Vaccination in Burma 1912-1922 - 1912-1922
Year: 1912
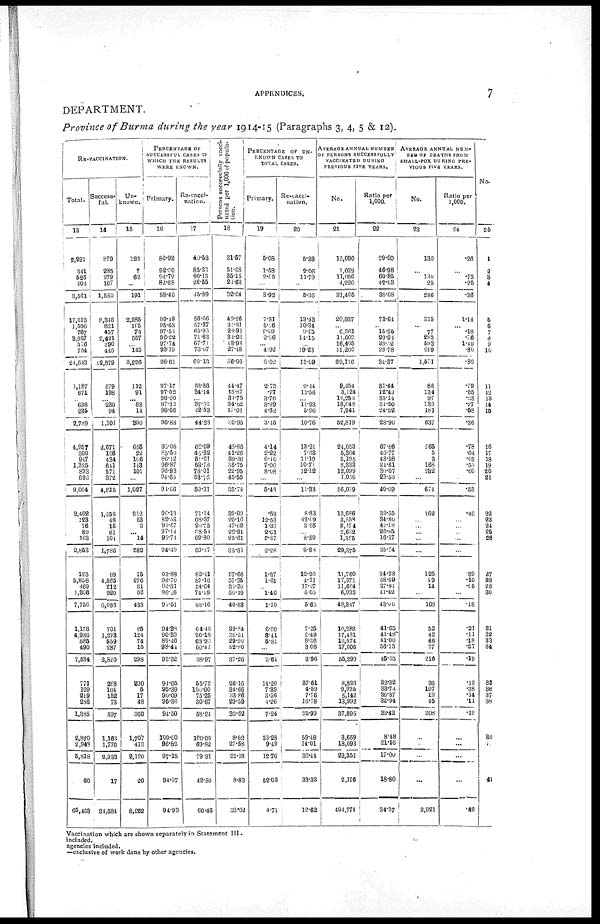
APPENDICES.
7
DEPARTMENT.
Province of Burma during the year 1914-15 (Paragraphs 3, 4, 5 & 12).
RE-VACCINATION.
Total.
13
2,291
341
526
403
3,581
17,013
1,596
767
8,937
576
754
21,643
1,187
671
...
696
235
2,739
4,957
300
947
1,335
833
692
9,064
2,402
123
76
89
168
2,853
123
5,858
469
1,866
7,756
1,173
4,986
885
490
7,534
771
109
219
286
1,385
2,870
2,948
5,818
60
65,463
Success-
ful.
14
879
285
279
107
1,550
8,345
821
457
2,421
390
445
12,879
579
198
...
230
94
1,101
2,671
126
434
641
571
372
4,815
1,558
48
15
61
101
1,786
89
4,866
212
920
6,086
701
1,278
559
287
2,820
268
104
152
73
597
1,163
1,770
2,933
17
31,584
Un-
known.
15
122
7
62
...
191
2,285
105
74
557
...
145
3,226
112
91
...
83
14
300
656
22
106
148
101
...
1,027
212
53
3
... 14
282
15
276
81
66
438
85
124
74
15
298
290
6
17
48
360
1,707
413
2,120
20
8,262
PERCENTAGE OF
SUCCESSFUL CASES IN-
WHICH THE RESULTS
WERE KNOWN.
Primary.
16
86.98
92.60
94.72
82.68
88.46
99.48
95.68
97.54
96.22
97.74
93.19
96.61
97.17
97.52
96.00
97.32
96.66
96.88
95.06
85.50
86.I2
96.87
96.93
94.65
91.66
96.13
82.53
91.67
97.14
95.71
94.49
93.88
98.70
92.31
96.26
93.51
94.38
90.33
89.46
98.44
93.32
94.65
95.39
90.09
96.36
94.50
100.00
96.82
97.15
94.37
94.93
Re-vacci-
nation.
17
40.53
85.33
60.13
26.55
45.99
56.66
57.37
63.95
71.63
67.71
73.07
60.13
53.86
34.14
...
37.52
12.53
44.23
62.09
45.32
51.61
53.78
78.01
53.76
59.91
71.14
68.57
20.55
98.54
69.80
69.17
82.41
87.16
51.64
74.19
83.16
64.43
26.18
68.93
60.42
38.97
55.72
100.00
75.25
30.67
58.24
100.00
69.82
79.31
42.50
60.46
P ersons successfully vacci-
nated per 1,000 of popula-
tion.
18
31.57
51.68
35.15
21.63
32.04
49.26
31.31
23.93
31.93
43.98
27.48
36.06
44.47
18.87
31.75
34.62
17.03
30.95
45.85
41.26
39.36
35.75
22.95
45.55
35.74
39.09
20.16
47.62
22.91
25.61
35.33
27.66
57.35
31.30
50.19
40.83
39.84
36.21
29.90
42.80
37.26
26.16
84.66
33.86
29.59
30.62
8.62
27.58
21.18
8.83
33.02
PERCENTAGE OF UN-
----- CASES TO
TOTAL CASES.
Primary.
19
5.08
1.58
2.05
...
3.92
7.31
5.16
2.09
2.96
...
4.92
3.02
2.73
.77
3.76
3.99
4.62
3.15
4.14
2.22
6.10
7.00
8.08
...
6.43
.53
12.53
1.33
2.61
2.37
2.28
1.37
1.61
...
1.46
1.10
6.90
8.41
5.81
...
3.64
14.20
7.89
3.56
4.26
7.24
33.28
9.49
12.76
52.05
4.71
Re-vacci-
nalion.
20
5.38
2.05
11.79
...
5.36
13.43
10.34
9.05
14.15
...
19.23
13.09
9.14
13.56
...
11.93
5.96
10.76
13.21
7.38
11.19
10.71
12.12
...
11.33
8.83
43.09
3.95
...
8.59
9.88
12.20
4.71
17.27
5.05
5.65
7.25
2.49
8.36
3.06
3.96
37.61
4.59
7.76
16.78
25.99
59.48
14.01
36.44
33.33
12.62
AVERAGE ANNUAL NUMBER
OF PERSONS SUCCESSFULLY
VACCINATED DURING
PREVIOUS FIVE YEARS.
No.
21
15,090
1,029
11,066
4,220
31,405
20,937
...
6,561`
11,603
16,405
11,209
69,116
9,454
3,124
14,262
18,048
7,941
52,819
24,053
5,304
5,195
8,333
12,099
1,056
56,059
13,686
3,558
8,174
2,682
1,325
29,375
11,760
17,971
11,684
6,933
48,347
10,288
17,431
10,574
17,006
55,299
8,826
9,935
5,142
13,992
37,895
3,659
18,693
22,351
2,126
404,774
Ratio per
1,000.
22
29.00
46.98
60.85
42.03
38.08
73.64
...
15.25
29.94
33.32
29.78
34.37
31.44
12.49
33.14
31.50
24.52
28.90
67.86
40.77
48.58
24.61
30.07
23.53
40.69
39.55
34.80
42.18
26.85
16.17
35.74
34.33
58.69
37.91
41.42
43.00
41.65
41.48
41.00
56.13
45.03
32.32
33.73
36.37
32.94
33.42
8.48
21.16
17.00
18.80
34.37
AVERAGE ANNUAL NUM-
--- OF DEATHS FROM
SMALL-FOX DURING PRE-
VIOUS FIVE YEARS.
No.
23
130
...
130 25
286
315
...
77
283
593
299
1,671
86
134
97
139
181
637
266
5
3
168
282
...
674
162
...
...
...
...
...
125
29
14
...
168
52
42
46
77
216
36
107
19
45
208
...
...
...
...
3,921
Ratio per
1,000.
24
.26
...
.73
.25
.36
1.14
...
.18
.76
1.42
.80
.80
.29
.55
.28
.27
.58
.36
.78
.04
.03
.53
.60
...
.53
.46
...
...
...
...
...
39
.10
.05
...
.18
.21
.11
.18
.27
.19
.13
.38
.14
.11
.19
...
...
...
...
.42
No.
25
1
2
3
4
5
6
7
8
9
10
11
12
13
14
15
16
17
18
19
20
21
22
23
24
26
26
...
27
28
29
30
31
32
33
34
35
36
37
38
39
41
Vaccination which are shown separately in Statement III.
included.
agencies included.
—exclusive of work done by other agencies.